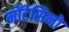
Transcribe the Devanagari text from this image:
मोंटेसिनो